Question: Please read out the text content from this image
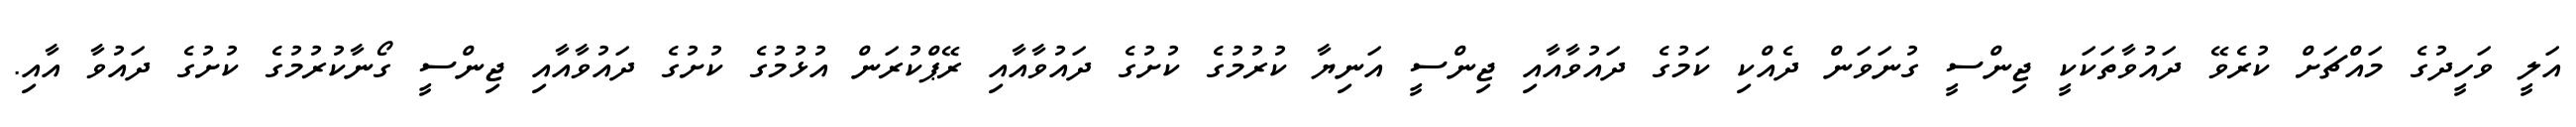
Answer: އަލީ ވަހީދުގެ މައްޗަށް ކުރެވޭ ދައުވާތަކަކީ ޖިންސީ ގުނަވަން ދެއްކި ކަމުގެ ދައުވާއާއި ޖިންސީ އަނިޔާ ކުރުމުގެ ކުށުގެ ދައުވާއާއި ރޭޕްކުރަން އުޅުމުގެ ކުށުގެ ދައުވާއާއި ޖިންސީ ގޯނާކުރުމުގެ ކުށުގެ ދައުވާ އާއި.